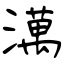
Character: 澫